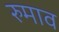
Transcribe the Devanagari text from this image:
रुमाव